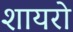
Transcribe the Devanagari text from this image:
शायरो